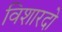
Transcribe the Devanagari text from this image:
विशारदो